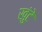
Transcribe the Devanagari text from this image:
खुंटे